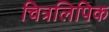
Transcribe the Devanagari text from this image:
चित्रलिपिक